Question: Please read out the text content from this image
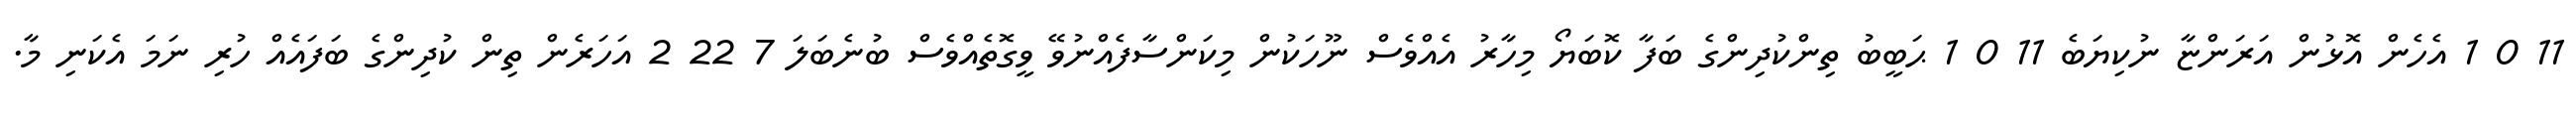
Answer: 11 0 1 އެހެން އޮޅުން އަރަންޏާ ނުކިޔަބެ 11 0 1 ޙަބީބު ތިންކުދިންގެ ބަފާ ކޮބަޔޯ މިހާރު އެއްވެސް ނޫހަކުން މިކަންސާފެއްނުވޭ ވީގޮތެއްވެސް ބުނެބަލަ 7 22 2 އަހަރެން ތިން ކުދިންގެ ބަފައެއް ހުރި ނަމަ އެކަނި މާ.